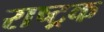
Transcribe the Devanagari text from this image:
राष्ट्रक